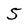
Character: 5